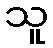
သူ